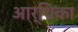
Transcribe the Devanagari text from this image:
आर्थिका